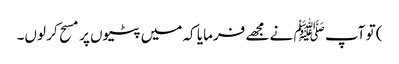
) تو آپ ﷺ نے مجھے فرمایا کہ میں پٹیوں پر مسح کر لوں۔